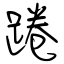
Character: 踡